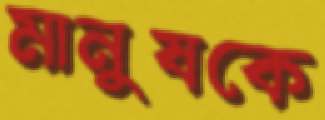
মানুষকে